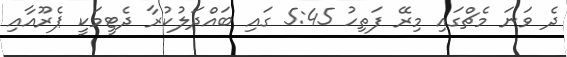
ދެ ވަނަ މެޗްގައި މިރޭ ފަތިހު 5:45 ގައި ބައްދަލުކުރާ ދެޓީމަކީ ޕެރޫއާއި